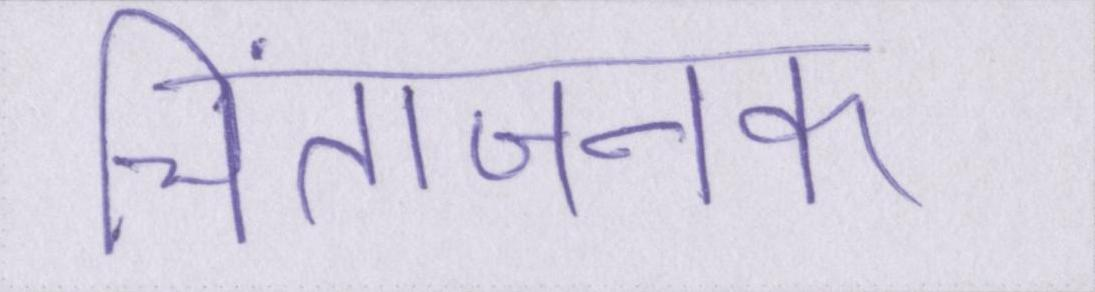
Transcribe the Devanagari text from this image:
चिंताजनक